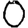
Digit: 0